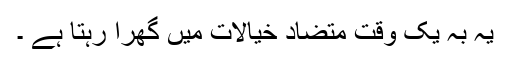
یہ بہ یک وقت متضاد خیالات میں گھرا رہتا ہے ۔